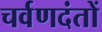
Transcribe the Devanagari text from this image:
चर्वणदंतों